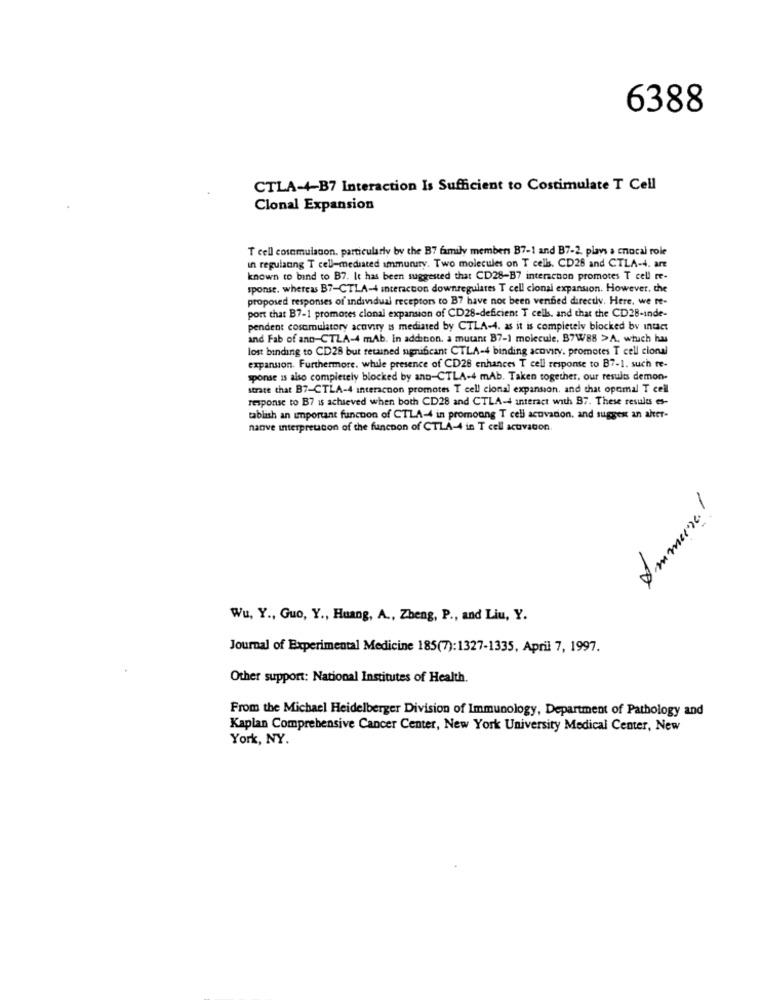
6388
CTLA-4-B7 Interaction Is Sufficient to Costimulate T Cell
Clonal Expansion
T cell cosemulacon. particularly by the B7 family members B7-1 and B7-2. plays a cnocal role
in regulating T cell-mediated immunity. Two molecules on T cells. CD26 and CTLA-4. are
known to bind to B7. It has been suggested that CD28-B7 interaction promotes T cell re-
sponse. whereas B7-CTLA-4 interaction downregulares T cell cional expansion. However, the
proposed responses of individual receptors to B7 have not been venfied directly. Here. we re-
port that B7-1 promotes clonal expansion of CD28-deficient T cells, and that the CD28-inde-
pendent cosamulatory acovary is mediated by CTLA-4. as it is completely blocked by intact
and Fab of ano-CTLA-4 mAb. In addition. a mutant B7-1 molecule, B7W88 > A. which has
lost binding to CD28 but retained significant CTLA-4 binding acovity. promotes T cell cional
expansion. Furthermore, while presence of CD28 enhances T cell response to B7-1. such re-
sponse is also completely blocked by ano-CTLA-4 mAb. Taken together, our results demon-
strate chat B7-CTLA-4 interacnon promotes T cell cional expansion, and that opcmal T cell
response to B7 is achieved when both CD28 and CTLA-4 interact with B7. These results es-
tablish an important function of CTLA-4 in promoung T cell acovadon, and suggest an aker-
nanve interpretation of the funcnon of CTLA-4 in T cell activation
Wu, Y ., Guo, Y ., Huang, A ., Zheng, P ., and Liu, Y.
Journal of Experimental Medicine 185(7):1327-1335, April 7, 1997.
Other support: National Institutes of Health.
From the Michael Heidelberger Division of Immunology, Department of Pathology and
Kaplan Comprehensive Cancer Center, New York University Medical Center, New
York, NY.